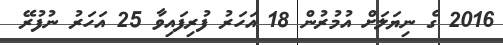
2016 ގެ ނިޔަލަށް އުމުރުން 18 އަހަރު ފުރިފައިވާ 25 އަހަރު ނުފުރޭ